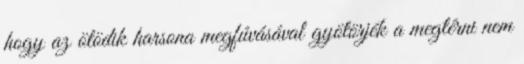
hogy az ötödik harsona megfúvásával gyötörjék a megtérni nem